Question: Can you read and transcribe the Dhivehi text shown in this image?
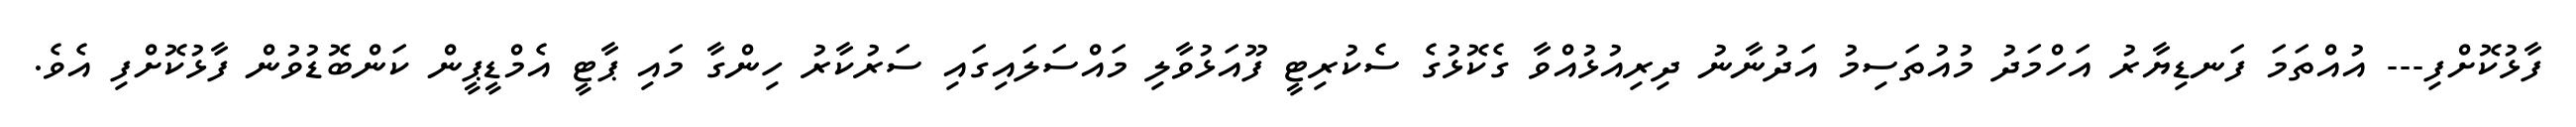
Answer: ފާޅުކޮށްފި--- އުއްތަމަ ފަނޑިޔާރު އަހްމަދު މުއުތަސިމު އަދުނާނު ދިރިއުޅުއްވާ ގެކޮޅުގެ ސެކުރިޓީ ފޫއަޅުވާލި މައްސަލައިގައި ސަރުކާރު ހިންގާ މައި ޕާޓީ އެމްޑީޕީން ކަންބޮޑުވުން ފާޅުކޮށްފި އެވެ.